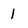
Character: 1